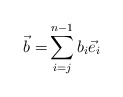
\begin{align*}\vec{b} =& \sum_{i=j}^{n-1} b_i \vec{e}_i \end{align*}